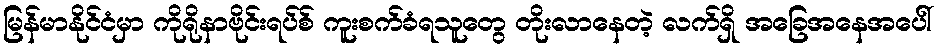
မြန်မာနိုင်ငံမှာ ကိုရိုနာဗိုင်းရပ်စ် ကူးစက်ခံရသူတွေ တိုးလာနေတဲ့ လက်ရှိ အခြေအနေအပေါ်